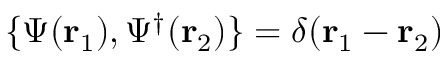
\{ \Psi ( \mathbf { r } _ { 1 } ) , \Psi ^ { \dagger } ( \mathbf { r } _ { 2 } ) \} = \delta ( \mathbf { r } _ { 1 } - \mathbf { r } _ { 2 } )